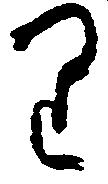
り